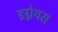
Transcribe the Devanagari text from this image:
इग्नेयस